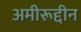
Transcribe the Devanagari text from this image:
अमीरूद्दीन